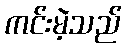
ကင်းမဲ့သည်